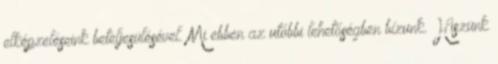
elképzeléseink beteljesülésével. Mi ebben az utóbbi lehetőségben bízunk. Hiszünk